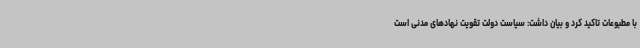
با مطبوعات تاکید کرد و بیان داشت: سیاست دولت تقویت نهادهای مدنی است